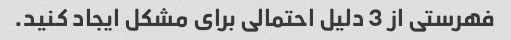
فهرستی از 3 دلیل احتمالی برای مشکل ایجاد کنید.